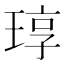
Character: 𬍳